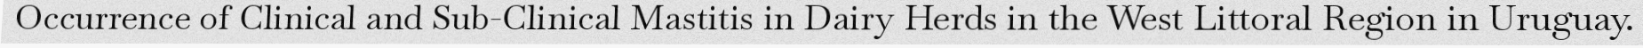
Occurrence of Clinical and Sub-Clinical Mastitis in Dairy Herds in the West Littoral Region in Uruguay.